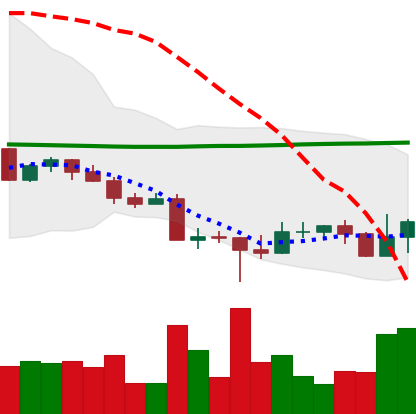
Ticker: EOS-USD
Chart end date: 2022-10-21
Forward return: 5.209%
Label: up_5_7